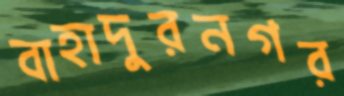
বাহাদুরনগর